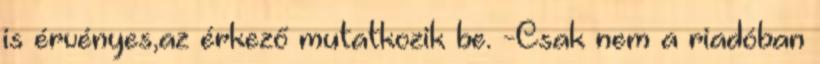
is érvényes,az érkező mutatkozik be. -Csak nem a riadóban